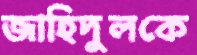
জাহিদুলকে